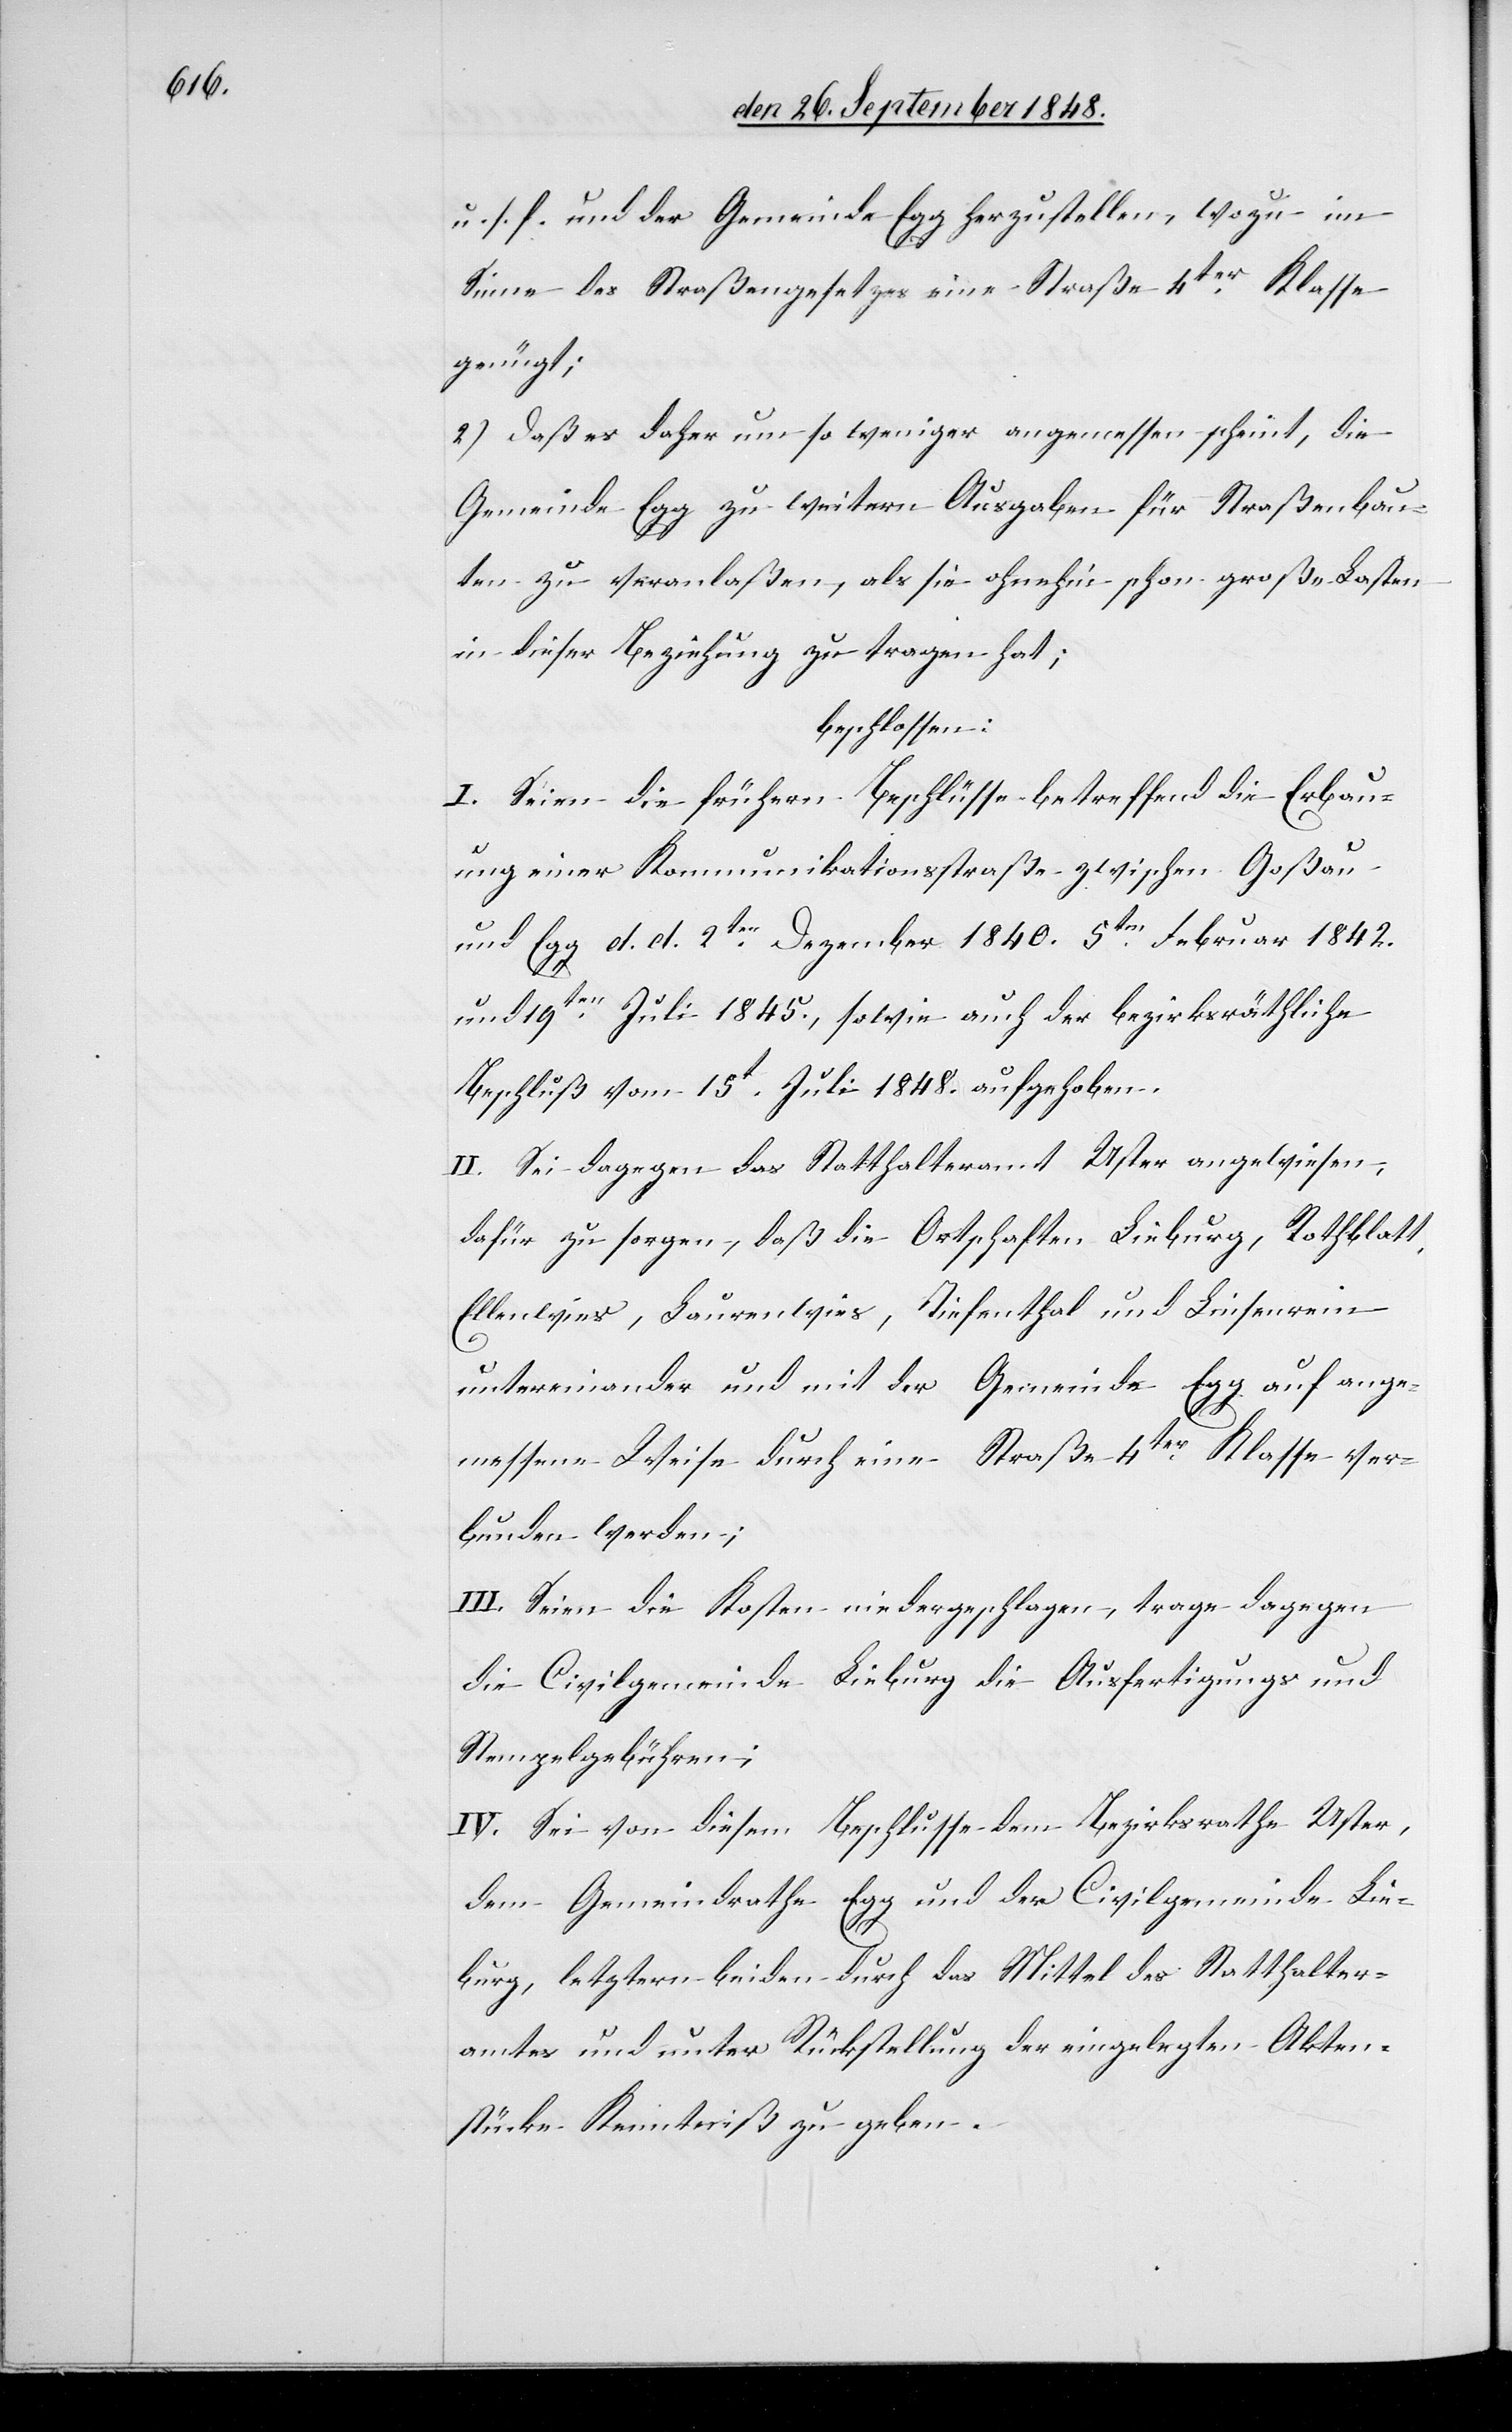
u. s. f. und der Gemeinde Egg herzustellen, wozu im
Sinne des Straßengesetzes eine Straße 4ter Klasse
genügt.
2.) daß es daher um so weniger angemessen scheint, die
Gemeinde Egg zu weitern Ausgaben für Straßenbau¬
ten zu veranlaßen, als sie ohnehin schon große Lasten
in dieser Beziehung zu tragen hat;
beschlossen:
I. Seien die frühern Beschlüsse betreffend die Erbau¬
ung einer Kommunikationsstraße zwischen Goßau
und Egg d. d. 2ten. Dezember 1840 5ten. Februar 1842.
und 19ten. Juli 1845., sowie auch der bezirkräthliche
Beschluß vom 15t. Juli 1848. aufgehoben.
II. Sei dagegen das Statthalteramt Uster angewiesen,
dafür zu sorgen, daß die Ortschaften Lieburg, Rothblatt,
Ellenwies, Laurenwies, Tiefenthal und Linsenrein
untereinander und mit der Gemeinde Egg auf ange¬
messene Weise durch eine Straße 4ter Klasse ver¬
bunden werden;
III. Seien die Kosten niedergeschlagen, trage dagegen
die Civilgemeinde Lieburg die Ausfertigungs und
Stempelgebühren;
IV. Sei von diesem Beschlusse dem Bezirksrathe Uster,
dem Gemeindrathe Egg und der Civilgemeinde Lie¬
burg, letztern beiden durch das Mittel des Statthalter¬
amtes und unter Rückstellung der eingelegten Akten¬
stücke Kenntniß zu geben.